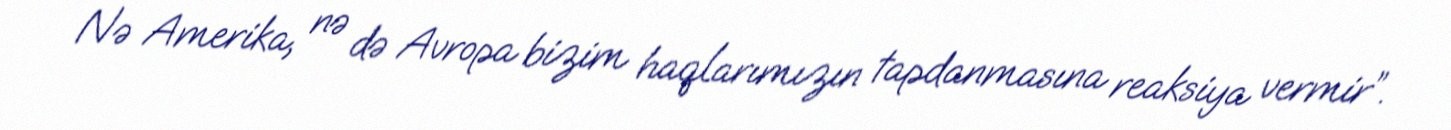
Nə Amerika, nə də Avropa bizim haqlarımızın tapdanmasına reaksiya vermir”.